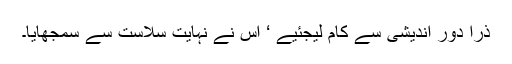
ذرا دور اندیشی سے کام لیجئیے ‘ اس نے نہایت سلاست سے سمجھایا۔